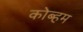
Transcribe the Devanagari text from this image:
कोब्हम